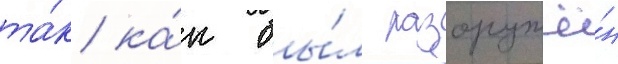
та́к ка́к бы́л разоружё́н